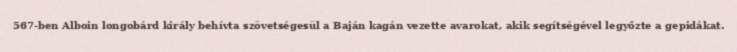
567-ben Alboin longobárd király behívta szövetségesül a Baján kagán vezette avarokat, akik segítségével legyőzte a gepidákat.